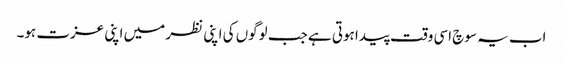
اب یہ سوچ اسی وقت پیدا ہوتی ہے جب لوگوں کی اپنی نظر میں اپنی عزت ہو۔